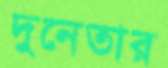
দুনেতার